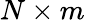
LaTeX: N\times m